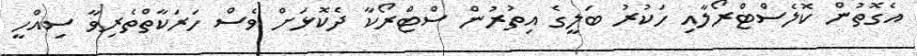
އެގޮތުން ކޮލެސްޓްރޯލާއި ހަކުރު ބަލީގެ އިތުރުން ސްޓްރޯކާ ދެކޮޅަށް ވެސް ހަރަކާތްތެރިވާ ސިއްހީ